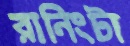
রানিংটা